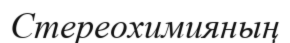
Стереохимияның